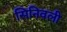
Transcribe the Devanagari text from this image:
सिनिवली